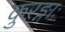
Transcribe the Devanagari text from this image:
कुरङ्गाः